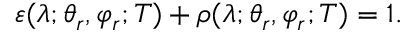
\varepsilon ( \lambda ; \theta _ { r } , \varphi _ { r } ; T ) + \rho ( \lambda ; \theta _ { r } , \varphi _ { r } ; T ) = 1 \mathrm { . }